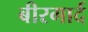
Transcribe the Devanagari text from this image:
बीरगार्द